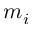
m _ { i }